Lunatic asylums Central Provinces reports 1874-1885 - 1874-1885
Year: 1874
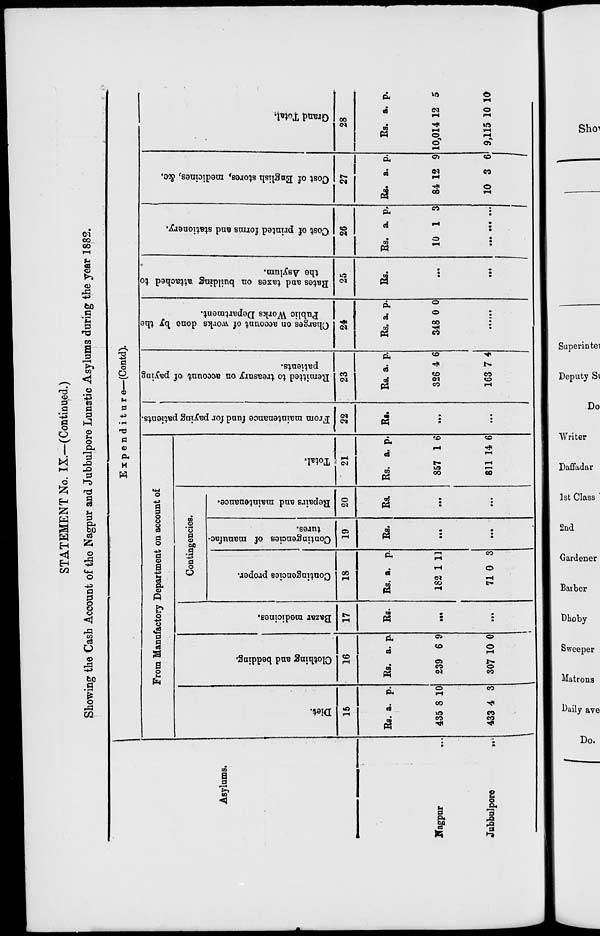
STATEMENT No. IX.—(Continued.)
Showing the Cash Account of the Nagpur and Jubbulpore Lunatic Asylums during the year 1882.
Asylums.
Nagpur ...
Jubbulpore
...
Expenditure—(Contd).
From Manufactory Department on account of
Diet.
15
Rs.
435
433
a.
8
4
p.
10
3
Clothing and bedding.
16
Rs.
239
307
a.
6
10
p.
9
0
Bazar medicines.
17
Rs.
...
...
Contingencies.
Contingencies proper.
18
Rs.
182
71
a.
1
0
p.
11
3
Contingencies of manufac-
tures.
19
Rs.
...
...
Repairs
and maintenance.
20
Rs.
...
...
Total.
21
Rs.
857
811
a.
1
14
p.
6
6
From maintenance fund for paying patients.
22
Rs.
...
...
Remitted
to treasury on account of paying
patients.
23
Rs.
326
163
a.
4
7
p.
6
4
Charges on account of works done by the
Public Works Department.
24
Rs.
348
a.
0
p.
0
......
Rates
and taxes on building attached to
the Asylum.
25
Rs.
...
...
Cost of printed forms and stationery.
26
Rs.
10
...
a.
1
...
p.
3
...
Cost of English stores, medicines, &c.
27
Rs.
84
10
a.
12
3
p.
9
6
Grand Total.
28
Rs.
10,014
9,115
a.
12
10
p.
5
10